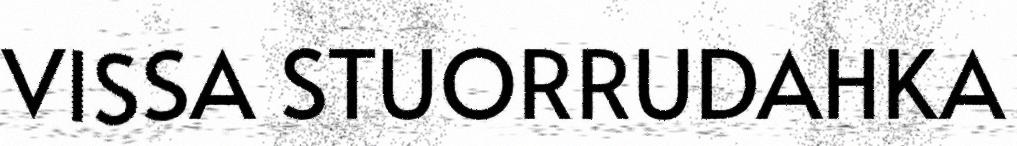
VISSA STUORRUDAHKA